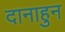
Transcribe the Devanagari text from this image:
दानाहुन